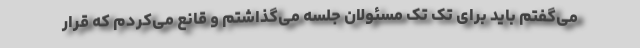
می‌گفتم باید برای تک تک مسئولان جلسه می‌گذاشتم و قانع می‌کردم که قرار